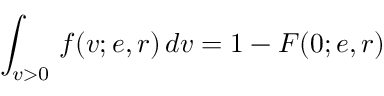
\int _ { v > 0 } \, f ( v ; e , r ) \, d v = 1 - F ( 0 ; e , r )